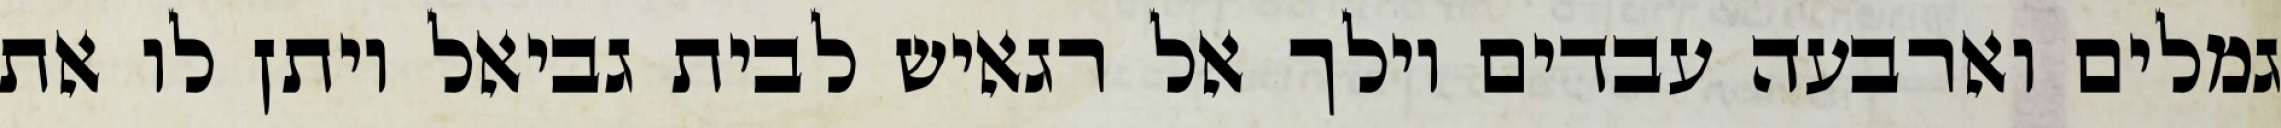
גמלים וארבעה עבדים וילך אל רגאיש לבית גביאל ויתן לו את